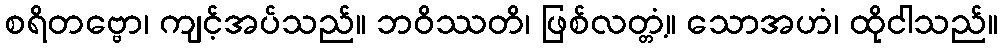
စရိတဗ္ဗော၊ ကျင့်အပ်သည်။ ဘဝိဿတိ၊ ဖြစ်လတ္တံ့။ သောအဟံ၊ ထိုငါသည်။